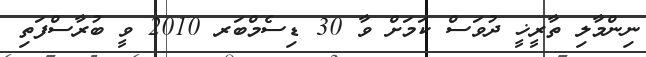
ނިންމާލި ތާރީޚީ ދުވަސް ކަމަށް ވާ 30 ޑިސެމްބަރ 2010 ވީ ބުރާސްފަތި